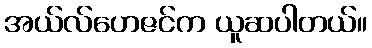
အယ်လ်ဟေဇင်က ယူဆပါတယ်။